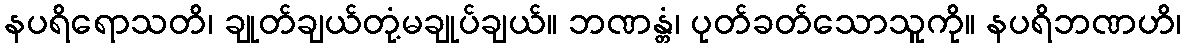
နပရိရောသတိ၊ ချုတ်ချယ်တုံ့မချုပ်ချယ်။ ဘဏန္တံ၊ ပုတ်ခတ်သောသူကို။ နပရိဘဏဟိ၊